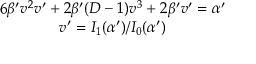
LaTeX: \begin{array} { c } { { 6 \beta ^ { \prime } v ^ { 2 } v ^ { \prime } + 2 \beta ^ { \prime } ( D - 1 ) v ^ { 3 } + 2 \beta ^ { \prime } v ^ { \prime } = \alpha ^ { \prime } } } \\ { { v ^ { \prime } = I _ { 1 } ( \alpha ^ { \prime } ) / I _ { 0 } ( \alpha ^ { \prime } ) } } \end{array}